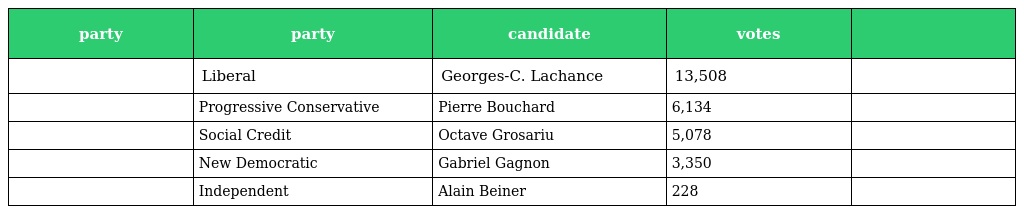
| party | party | candidate | votes |  |
 | --- | --- | --- | --- | --- |
 |  | Liberal | Georges-C. Lachance | 13,508 |  |
 |  | Progressive Conservative | Pierre Bouchard | 6,134 |  |
 |  | Social Credit | Octave Grosariu | 5,078 |  |
 |  | New Democratic | Gabriel Gagnon | 3,350 |  |
 |  | Independent | Alain Beiner | 228 |  |